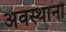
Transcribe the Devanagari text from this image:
अवस्थानों